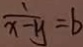
\frac { 1 } { x - y } = b